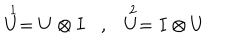
\begin{array} { c c } { { \stackrel { 1 } { U } = U \otimes I , } } & { { \stackrel { 2 } { U } = I \otimes U } } \\ \end{array}